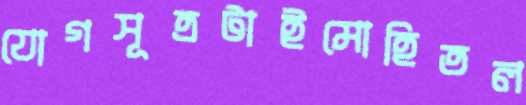
যোগসূত্রটাইমোহিতল